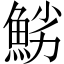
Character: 𩷈